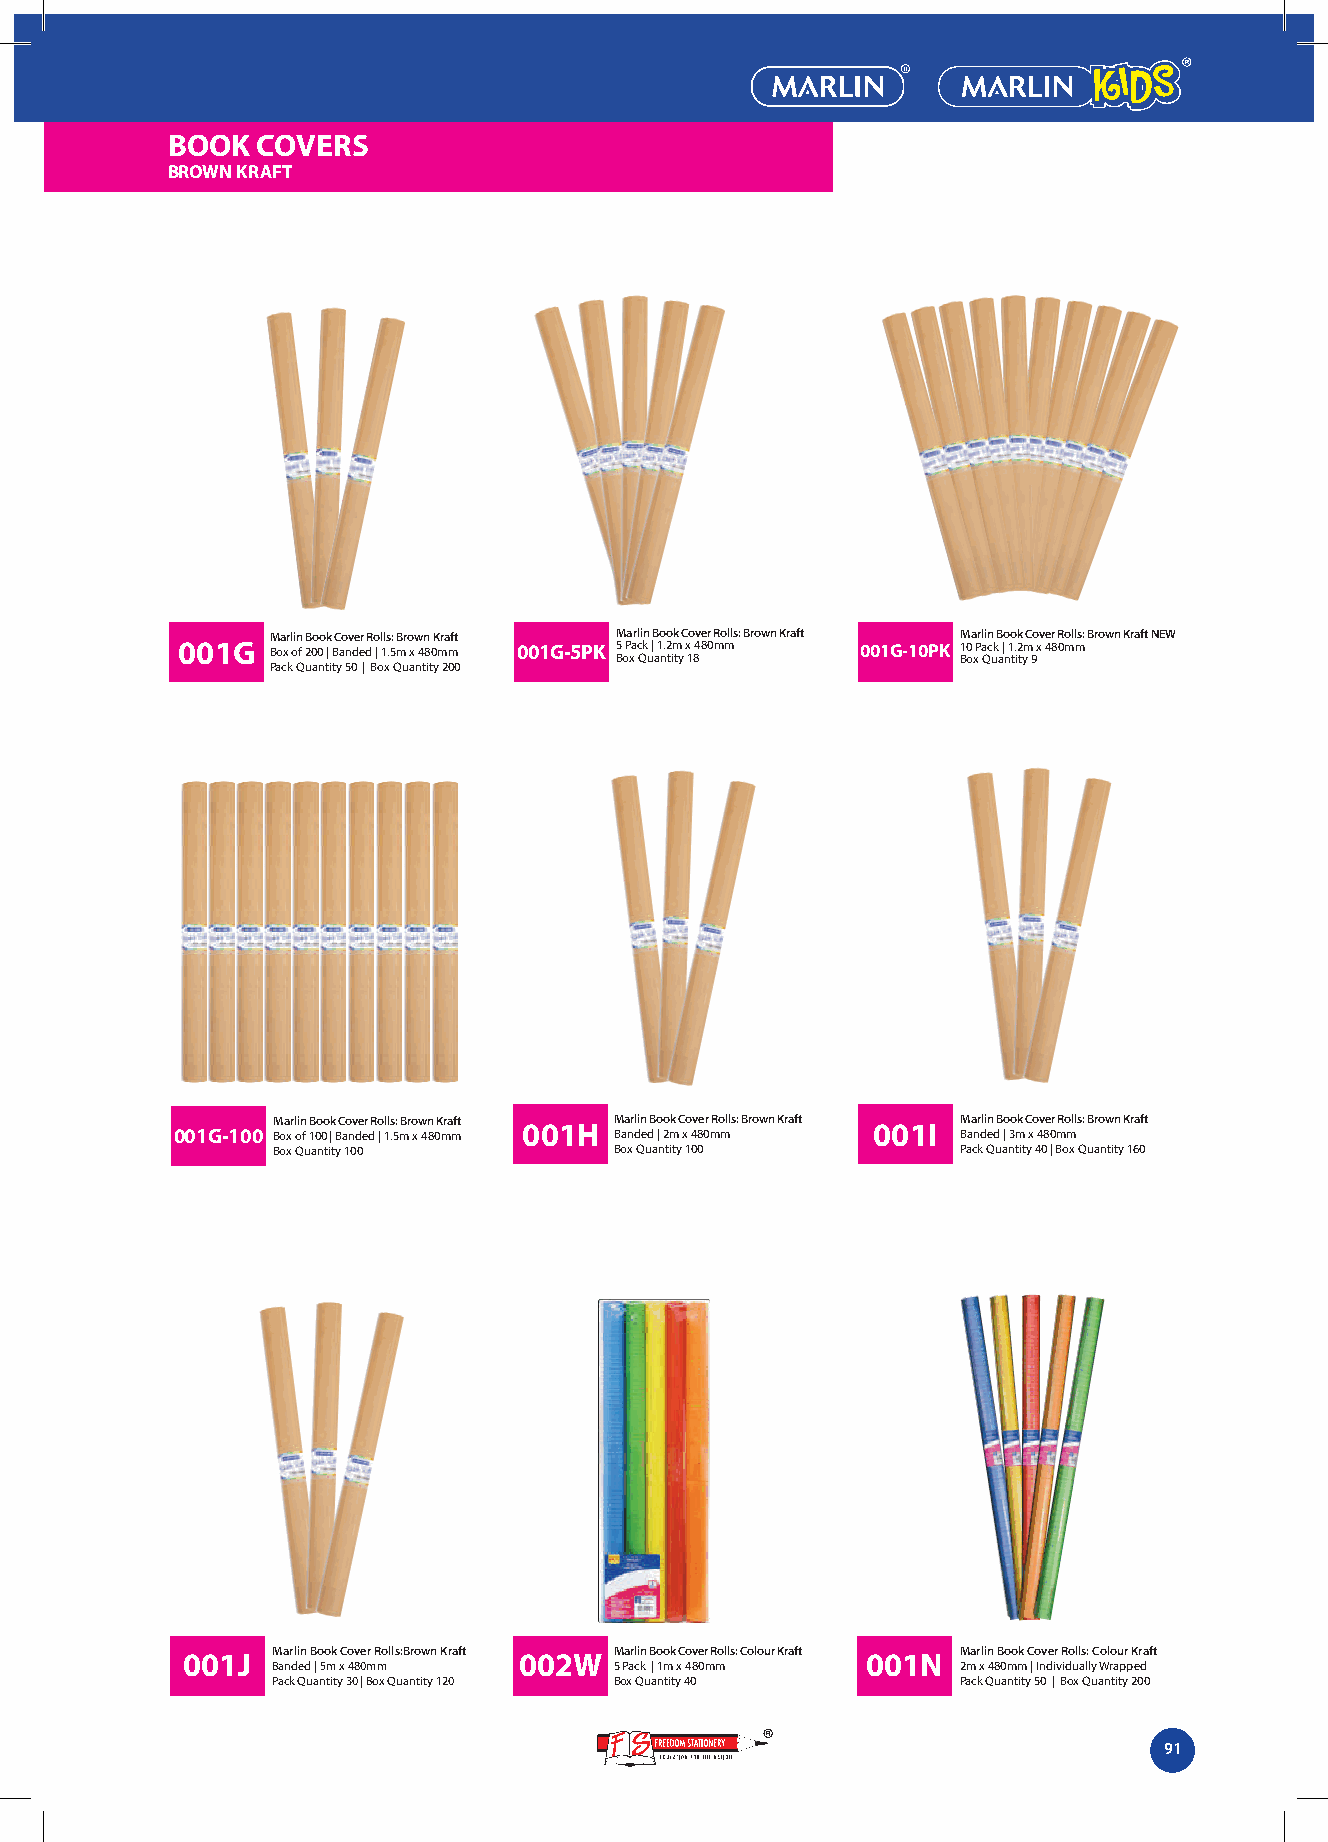
BOOK  COVERS
 BROWN KRAFT
 Marlin Book Cover Rolls: Brown Kraft Marlin Book Cover Rolls: Brown Kraft Marlin Book Cover Rolls: Brown Kraft NEW
 001G  Box of 200 | Banded | 1.5m x 480mm 001G-5PK 5 B oP xa c Qk u | a 1 n.2 tim ty x 1 8480mm 001G-10PK 1 B0 o xP a Qc uk a | n 1 t. i2 tym 9 x 480mm
 Pack Quantity 50 | Box Quantity 200
 001G-100 M Boa xr l oin f 1B 0o 0o k | BC ao nv de er dR o | l 1ls .5: mBr o xw 4n 8 0K mra mft 001H M Baa nr dlin ed B o | 2o mk C xo 4v 8e 0r mRo mlls: Brown Kraft 001I M Baa nr dlin ed B o | 3o mk C xo 4v 8e 0r mRo mlls: Brown Kraft
 Box Quantity 100       Box Quantity 100       Pack Quantity 40 | Box Quantity 160
 001J  Marlin Book Cover Rolls:Brown Kraft 002W Marlin Book Cover Rolls: Colour Kraft 001N Marlin Book Cover Rolls: Colour Kraft
 Banded | 5m x 480mm    5 Pack | 1m x 480mm    2m x 480mm | Individually Wrapped
 Pack Quantity 30 | Box Quantity 120 Box Quantity 40 Pack Quantity 50 | Box Quantity 200
 91